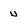
Character: u